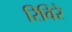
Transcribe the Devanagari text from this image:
रिविरे